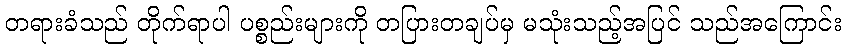
တရားခံသည် တိုက်ရာပါ ပစ္စည်းများကို တပြားတချပ်မှ မသုံးသည့်အပြင် သည်အကြောင်း